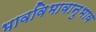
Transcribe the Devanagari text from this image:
भावविभावानुभाव